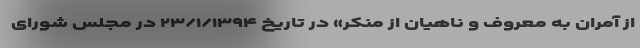
از آمران به معروف و ناهیان از منکر» در تاریخ ۲۳/۱/۱۳۹۴ در مجلس شورای